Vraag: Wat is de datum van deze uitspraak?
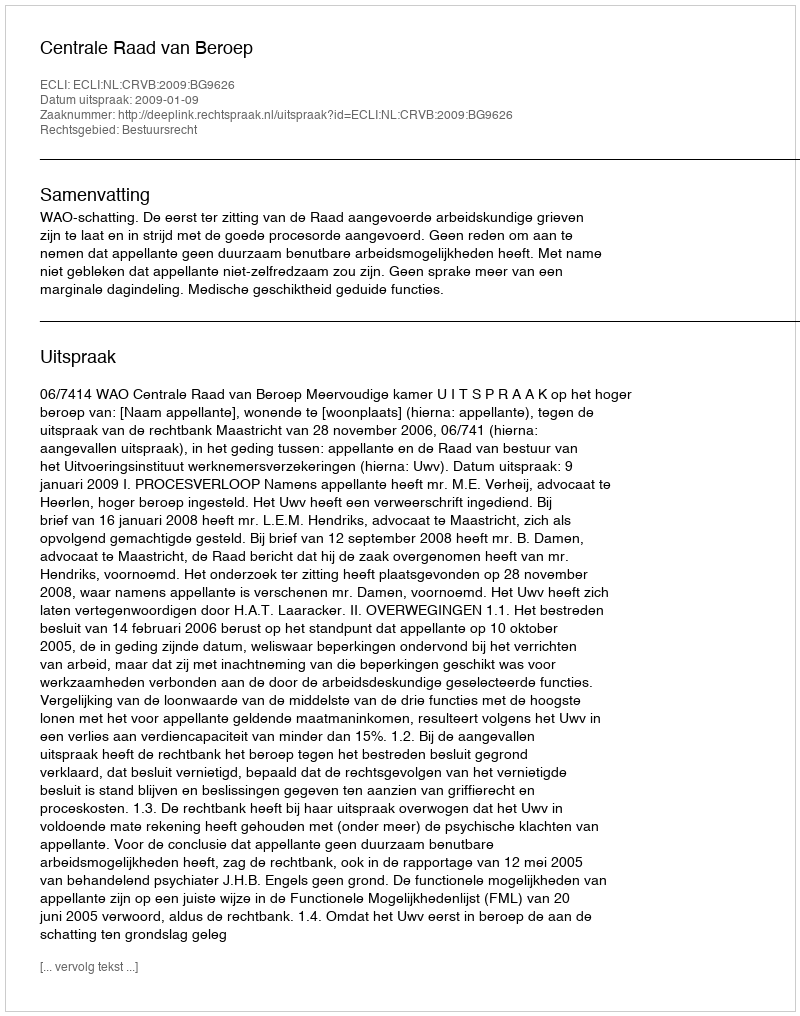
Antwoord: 2009-01-09